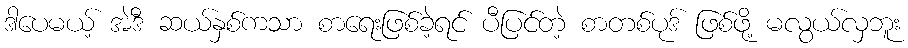
ဒါပေမယ့် အဲဒီ ဆယ်နှစ်ကသာ စာရေးဖြစ်ခဲ့ရင် ပီပြင်တဲ့ စာတစ်ပုဒ် ဖြစ်ဖို့ မလွယ်လှဘူး